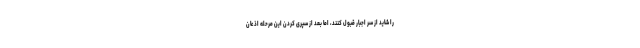
را شاید از سر اجبار قبول کنند، اما بعد از سپری کردن این مرحله اذعان